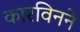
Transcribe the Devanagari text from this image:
कारविनने